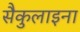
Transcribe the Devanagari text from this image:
सैकुलाइना